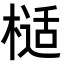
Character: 𭫙